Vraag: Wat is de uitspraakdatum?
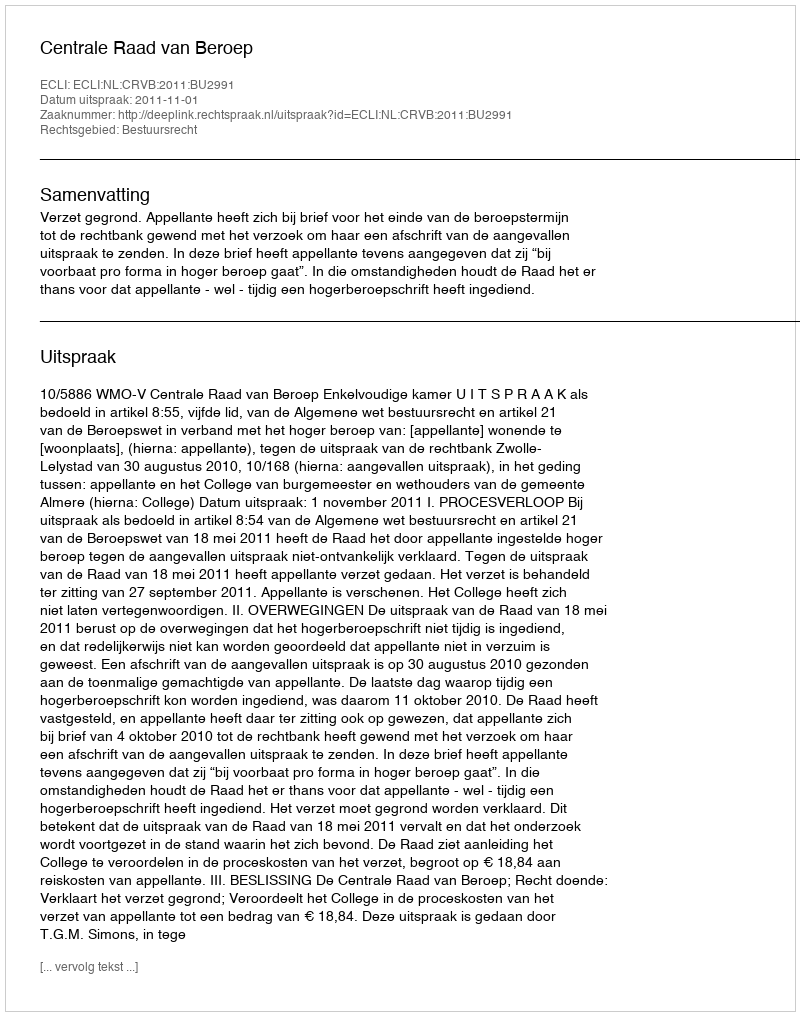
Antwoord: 2011-11-01